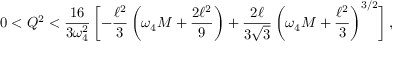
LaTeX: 0 < Q ^ { 2 } < \frac { 1 6 } { 3 \omega _ { 4 } ^ { 2 } } \, \biggl [ - \frac { \ell ^ { 2 } } { 3 } \left( \omega _ { 4 } M + \frac { 2 \ell ^ { 2 } } { 9 } \right) + \frac { 2 \ell } { 3 \sqrt { 3 } } \left( \omega _ { 4 } M + \frac { \ell ^ { 2 } } { 3 } \right) ^ { 3 / 2 } \biggr ] \, ,